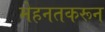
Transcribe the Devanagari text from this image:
मेहनतकरून